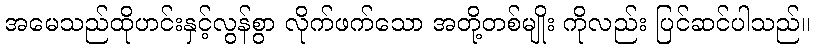
အမေသည်ထိုဟင်းနှင့်လွန်စွာ လိုက်ဖက်သော အတို့တစ်မျိုး ကိုလည်း ပြင်ဆင်ပါသည်။